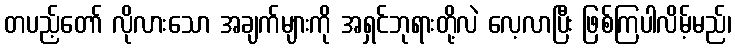
တပည့်တော် လိုလားသော အချက်များကို အရှင်ဘုရားတို့လဲ လေ့လာပြီး ဖြစ်ကြပါလိမ့်မည်၊